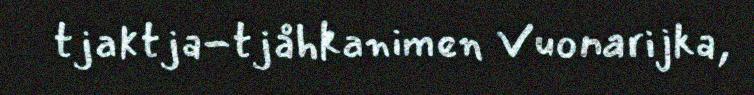
tjaktja-tjåhkanimen Vuonarijka,